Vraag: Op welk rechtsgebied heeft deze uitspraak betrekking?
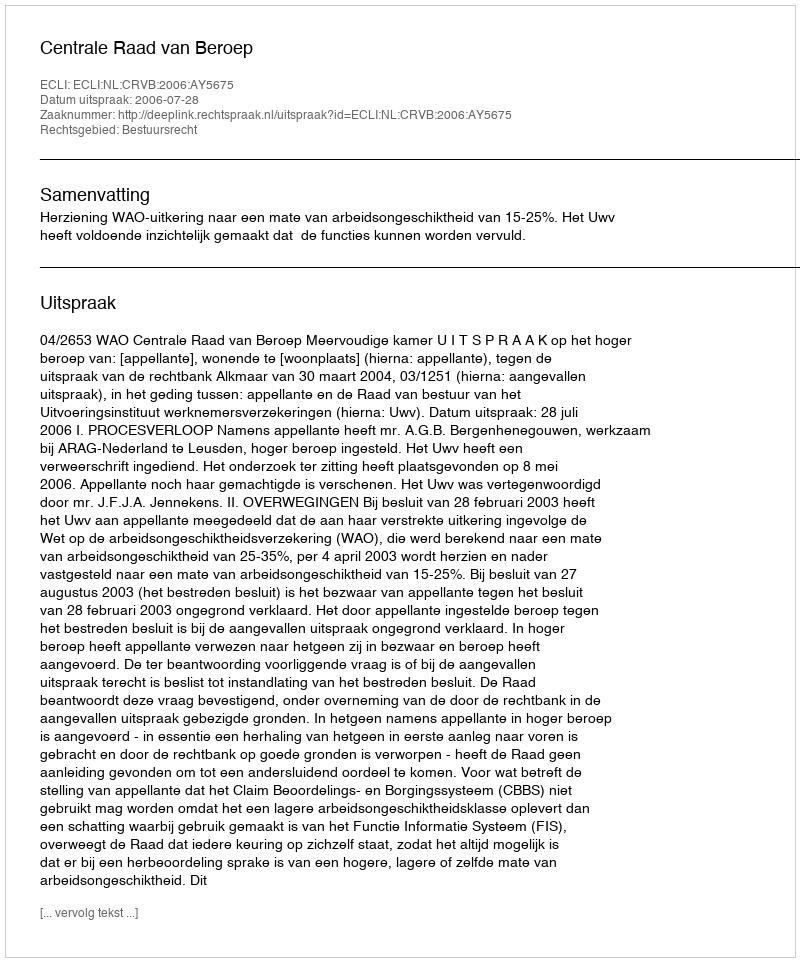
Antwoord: Bestuursrecht